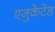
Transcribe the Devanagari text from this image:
एजुकेटेड